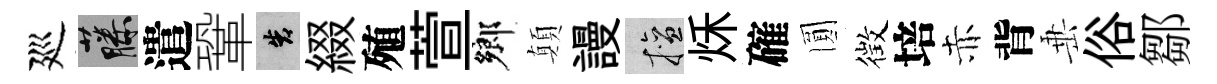
廵藤遣鞏告綴殖萱鄉顛謾擅秌確圎徴培赤背𡸁俗鄒